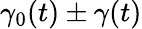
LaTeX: \gamma_{0}(t)\pm\gamma(t)